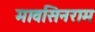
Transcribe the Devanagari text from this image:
मावसिनराम